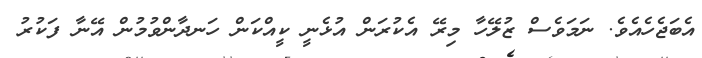
އެބަޖެހެއެވެ. ނަމަވެސް ޒުލޭހާ މިރޭ އެކުރަން އުޅެނީ ކީއްކަން ހަނދާންވުމުން އޭނާ ފަކުރު